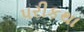
પરીકથા